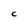
Character: C